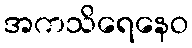
အကသိရေနေဝ